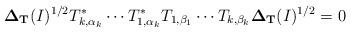
LaTeX: \begin{align*}{\bf \Delta_{T}}(I)^{1/2}T_{k,\alpha_k}^*\cdots T_{1,\alpha_k}^* T_{1,\beta_1}\cdots T_{k,\beta_k}{\bf \Delta_{T}}(I)^{1/2}=0\end{align*}